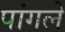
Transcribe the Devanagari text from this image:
पांगले